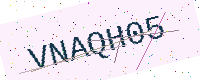
Text: VNAQH05